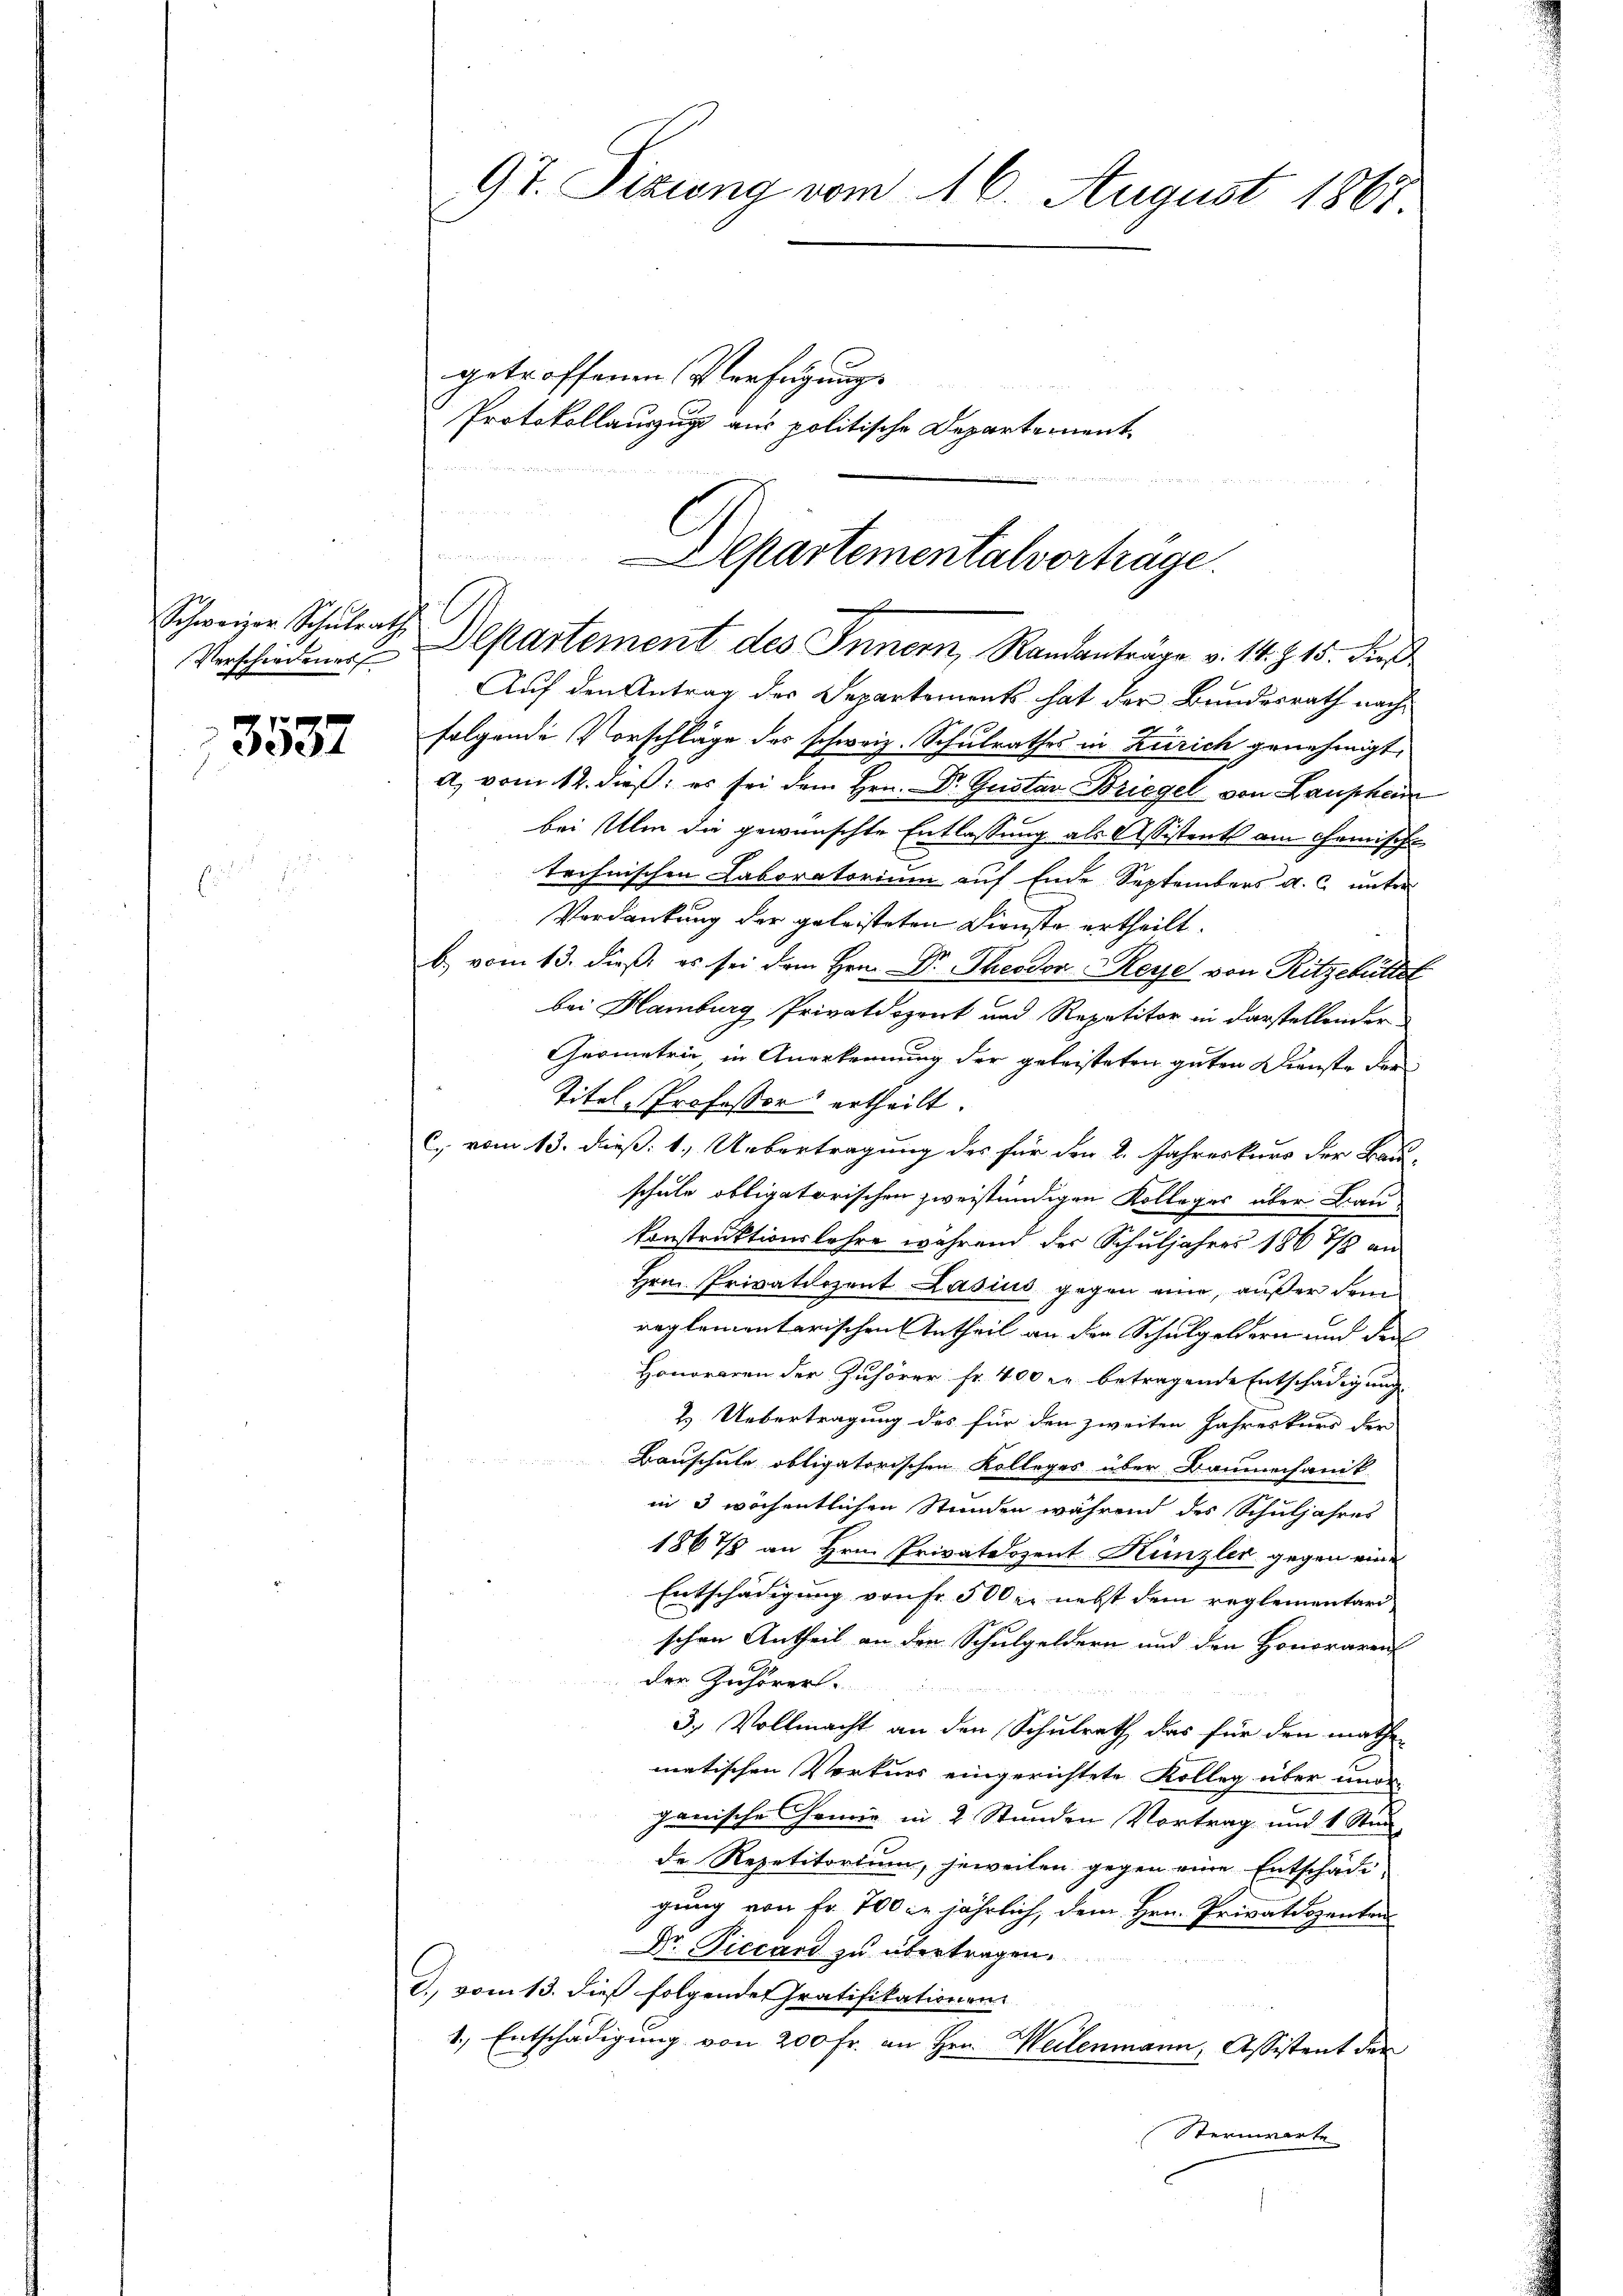
Schweizer Schulrath

3537

Auf den Antrag des Departements hat der Bundesrath nachfolgende Vorschläge des schweiz. Schulrathes in Zürich genehmigt,
a, vom 12. dieß, es sei dem Hrn. Dr. Gustav Briegel von Laupheim
bei Ulm die gewünschte Entlassung als Assistent am Chemische
l
technischen Laboratorium auf Ende Septembers a. c. unter
Verdankung der geleisteten Dienste ertheilt.
b) vom 13. dieß, es sei dem Hrn. Dr. Theodor Reye von Ritzebüllst
bei Hamburg Privatdozent und Repetitor in darstellender
Geometrie in Anerkennung der geleisteten guten Dienste der
Titel-Professor ertheilt.
C. vom 13. dieß: 1. Uebertragung des für den 2. Jahreskurs der Bauschule obligatorischen zweiständigen Kolleger aber Bau-
konstruktionslehre während der Schuljahres 186 7/8 an
Hrn. Privatdozent Lasius gegen eine, außer dem
reglementarischen Antheil an der Schulgeldern und der
Honoraren der Zuhörer fr. 400 l. betragende Entschädigung
2. Uebertragung des für den zweiten Jahreskurs der
Bauschule obligatorischen Kolleges über Baumechanik
in 3 wöchentlichen Stunden während des Schuljahres
1867/8 an Hrn. Privatdozent Künzler gegen eine
Entschädigung von Fr. 500 r. nebst dem reglementarischen Antheil an den Schulgeldern und den Honoraren
der Zuhörer
3.) Vollmacht an den Schulrath, das für den mathe-
matischen Vorkurs eingerichtete Kolleg über uner-
ganische Chemie in 2 Stunden Vortrag und 1 Stun-
de Repetitorium, jeweilen gegen eine Entschädi-
gung von Fr. 700 jährlich, dem Hrn. Privatdozenten
Dr. Ficcard zu übertragen.
3. vom 13. dieß folgendet Gratifikationen.
1., Entschädigung von 200 fr. an Hrn. Weilenmann, Assistent der
Sternwarte

9t. Sizung vom 16. August 1867

getroffenen Verfügungs
Protokollauszug aus politische Departement
n
Departementalverträge.

Verschiedener Departement des Innern, Randanträge v. 14. §. 15. dieß